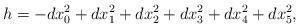
LaTeX: \begin{align*}h=-dx_0^2+dx_1^2+dx_2^2+dx_3^2+dx_4^2+dx_5^2,\end{align*}